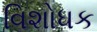
વિશોધક